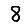
Digit: 8